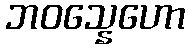
ဘဝသ္နေဟော